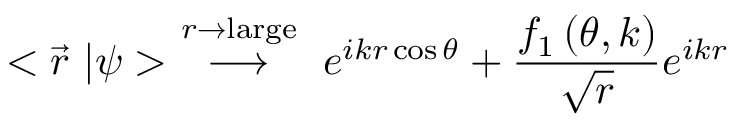
< \vec { r } \ | \psi > \ \stackrel { r \rightarrow \mathrm { l a r g e } } { \longrightarrow } \ e ^ { i k r \cos { \theta } } + { \frac { f _ { 1 } \left( \theta , k \right) } { \sqrt { r } } } e ^ { i k r }